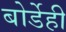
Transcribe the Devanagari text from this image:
बोर्डेही